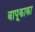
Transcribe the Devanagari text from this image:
बापूकाका